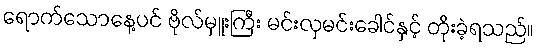
ရောက်သောနေ့ပင် ဗိုလ်မှူးကြီး မင်းလှမင်းခေါင်နှင့် တိုးခဲ့ရသည်။